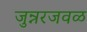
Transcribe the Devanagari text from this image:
जुन्नरजवळ